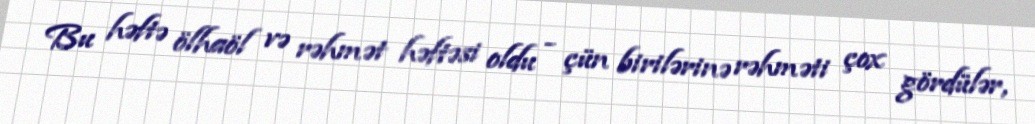
Bu həftə ölhaöl və rəhmət həftəsi oldu - çün birilərinə rəhməti çox gördülər,